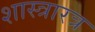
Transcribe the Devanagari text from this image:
शास्त्रारत्र